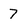
Character: 7